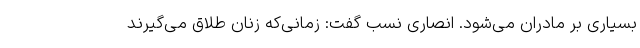
بسیاری بر مادران می‌شود. انصاری نسب گفت: زمانی‌که زنان طلاق می‌گیرند